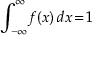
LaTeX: \int _ { - \infty } ^ { \infty } \! f ( x ) \, d x \! = \! 1